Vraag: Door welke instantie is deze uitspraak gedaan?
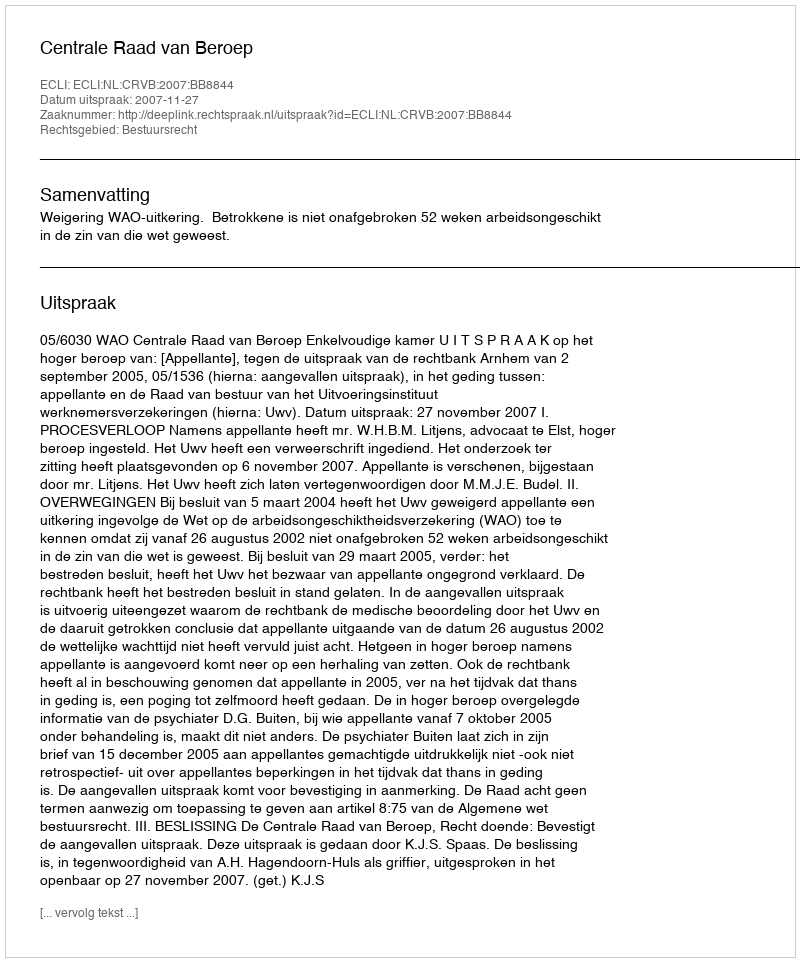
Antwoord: Centrale Raad van Beroep